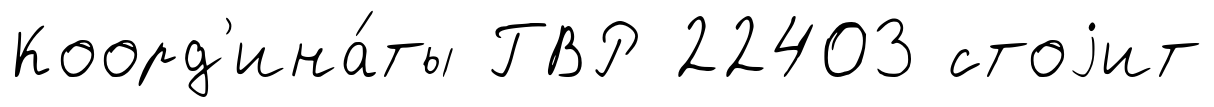
Коорд'ина́ты ГВР 22403 стоjит